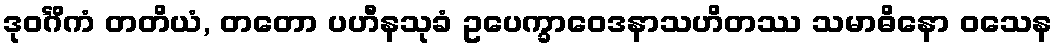
ဒုဝင်္ဂိကံ တတိယံ, တတော ပဟီနသုခံ ဥပေက္ခာဝေဒနာသဟိတဿ သမာဓိနော ဝသေန